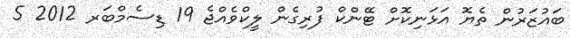
ބައުޒަރުން ތެޔޮ އަޅަނިކޮށް ޓޭންކް ފުރިގެން ލީކްވެއްޖެ 19 ޑިސެމްބަރ 2012 5